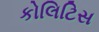
કોલિટિસ